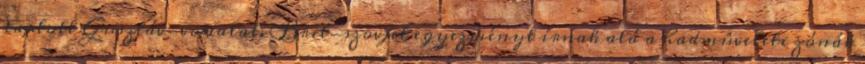
tartott Gusztáv-vonalat. Brit-szovjet egyezményt írnak alá a hadmûveleti zónák